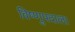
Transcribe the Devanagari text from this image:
विष्णुपदाला